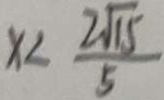
x < \frac { 2 \sqrt { 1 5 } } { 5 }